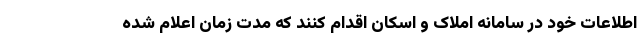
اطلاعات خود در سامانه املاک و اسکان اقدام کنند که مدت زمان اعلام شده